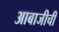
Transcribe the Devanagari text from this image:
आबाजीची